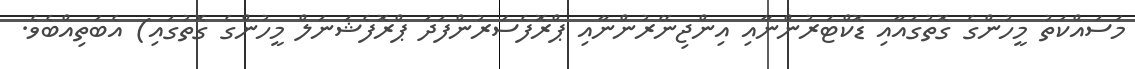
މަސައްކަތު މީހުންގެ ގޮތުގައާއި ޑޮކްޓަރުންނާއި އިންޖިނޭރުންނާއި ޕްރޮފެސަރުންފަދަ ޕްރޮފެޝަނަލް މީހުންގެ ގޮތުގައި) އެބަތިއްބެވެ.